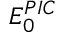
E _ { 0 } ^ { P I C }